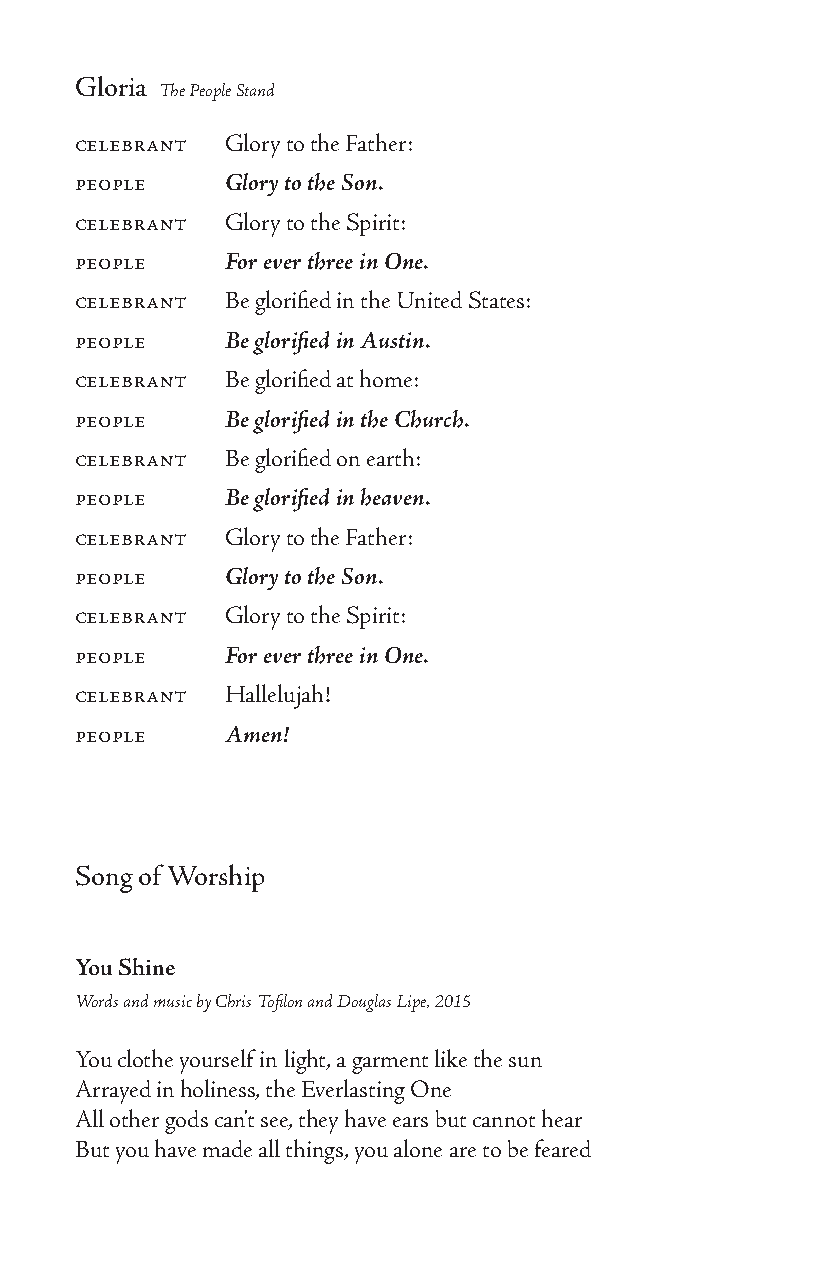
Gloria
 The People Stand
 celebrant Glory to the Father:
 people    Glory to the Son.
 celebrant Glory to the Spirit:
 people    For ever three in One.
 celebrant Be glorified in the United States:
 people    Be glorified in Austin.
 celebrant Be glorified at home:
 people    Be glorified in the Church.
 celebrant Be glorified on earth:
 people    Be glorified in heaven.
 celebrant Glory to the Father:
 people    Glory to the Son.
 celebrant Glory to the Spirit:
 people    For ever three in One.
 celebrant Hallelujah!
 people    Amen!
 Song of Worship
 You Shine
 Words and music by Chris Tofilon and Douglas Lipe, 2015
 You clothe yourself in light, a garment like the sun
 Arrayed in holiness, the Everlasting One
 All other gods can’t see, they have ears but cannot hear
 But you have made all things, you alone are to be feared